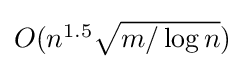
{\textstyle O(n^{1.5}{\sqrt {m/\log n}})}